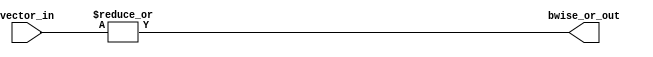
module bwise_or_param #( parameter WORD_SIZE = 4 )
                       ( output wire bwise_or_out,
			 input wire [WORD_SIZE-1:0] vector_in );

   assign bwise_or_out = |vector_in;

endmodule // bwise_or_param